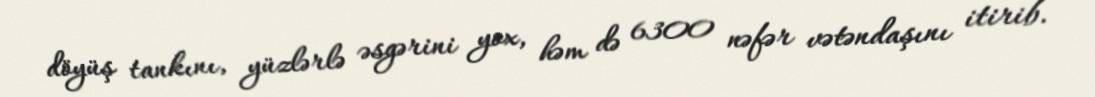
döyüş tankını, yüzlərlə əsgərini yox, həm də 6300 nəfər vətəndaşını itirib.